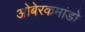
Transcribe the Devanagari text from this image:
ओबेरकमांडो